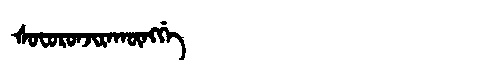
Manchu: ᡧᠣᠸᠣᡵᠣᠨᠵᡳᡵᠠᡴᡡᠩᡤᡝ
Romanization: ŠOFORONJIRAKŪNGGE